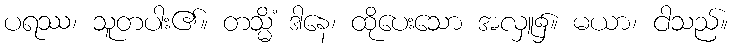
ပရဿ၊ သူတပါး၏။ တသ္မိံ ဒါနေ၊ ထိုပေးသော အလှူ၌။ မယာ၊ ငါသည်။